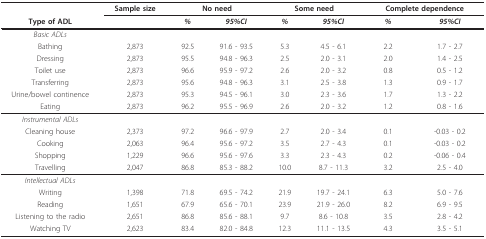
<table><thead><tr><td></td><td><b>Sample size</b></td><td colspan="2"><b>No need</b></td><td colspan="2"><b>Some need</b></td><td colspan="2"><b>Complete dependence</b></td></tr><tr><td><b>Type of ADL</b></td><td></td><td><b><i>%</i></b></td><td><b><i>95%CI</i></b></td><td><b><i>%</i></b></td><td><b><i>95%CI</i></b></td><td><b><i>%</i></b></td><td><b><i>95%CI</i></b></td></tr></thead><tbody><tr><td><i>Basic ADLs</i></td><td></td><td></td><td></td><td></td><td></td><td></td><td></td></tr><tr><td>Bathing</td><td>2,873</td><td>92.5</td><td>91.6 - 93.5</td><td>5.3</td><td>4.5 - 6.1</td><td>2.2</td><td>1.7 - 2.7</td></tr><tr><td>Dressing</td><td>2,873</td><td>95.5</td><td>94.8 - 96.3</td><td>2.5</td><td>2.0 - 3.1</td><td>2.0</td><td>1.4 - 2.5</td></tr><tr><td>Toilet use</td><td>2,873</td><td>96.6</td><td>95.9 - 97.2</td><td>2.6</td><td>2.0 - 3.2</td><td>0.8</td><td>0.5 - 1.2</td></tr><tr><td>Transferring</td><td>2,873</td><td>95.6</td><td>94.8 - 96.3</td><td>3.1</td><td>2.5 - 3.8</td><td>1.3</td><td>0.9 - 1.7</td></tr><tr><td>Urine/bowel continence</td><td>2,873</td><td>95.3</td><td>94.5 - 96.1</td><td>3.0</td><td>2.3 - 3.6</td><td>1.7</td><td>1.3 - 2.2</td></tr><tr><td>Eating</td><td>2,873</td><td>96.2</td><td>95.5 - 96.9</td><td>2.6</td><td>2.0 - 3.2</td><td>1.2</td><td>0.8 - 1.6</td></tr><tr><td><i>Instrumental ADLs</i></td><td></td><td></td><td></td><td></td><td></td><td></td><td></td></tr><tr><td>Cleaning house</td><td>2,373</td><td>97.2</td><td>96.6 - 97.9</td><td>2.7</td><td>2.0 - 3.4</td><td>0.1</td><td>-0.03 - 0.2</td></tr><tr><td>Cooking</td><td>2,063</td><td>96.4</td><td>95.6 - 97.2</td><td>3.5</td><td>2.7 - 4.3</td><td>0.1</td><td>-0.03 - 0.2</td></tr><tr><td>Shopping</td><td>1,229</td><td>96.6</td><td>95.6 - 97.6</td><td>3.3</td><td>2.3 - 4.3</td><td>0.2</td><td>-0.06 - 0.4</td></tr><tr><td>Travelling</td><td>2,047</td><td>86.8</td><td>85.3 - 88.2</td><td>10.0</td><td>8.7 - 11.3</td><td>3.2</td><td>2.5 - 4.0</td></tr><tr><td><i>Intellectual ADLs</i></td><td></td><td></td><td></td><td></td><td></td><td></td><td></td></tr><tr><td>Writing</td><td>1,398</td><td>71.8</td><td>69.5 - 74.2</td><td>21.9</td><td>19.7 - 24.1</td><td>6.3</td><td>5.0 - 7.6</td></tr><tr><td>Reading</td><td>1,651</td><td>67.9</td><td>65.6 - 70.1</td><td>23.9</td><td>21.9 - 26.0</td><td>8.2</td><td>6.9 - 9.5</td></tr><tr><td>Listening to the radio</td><td>2,651</td><td>86.8</td><td>85.6 - 88.1</td><td>9.7</td><td>8.6 - 10.8</td><td>3.5</td><td>2.8 - 4.2</td></tr><tr><td>Watching TV</td><td>2,623</td><td>83.4</td><td>82.0 - 84.8</td><td>12.3</td><td>11.1 - 13.5</td><td>4.3</td><td>3.5 - 5.1</td></tr></tbody></table>